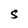
Character: S